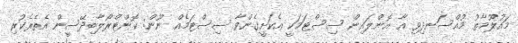
މައުލޫމާތު މުއްސަނދިވި އާ އޮންލައިން ސިސްޓަމަކީ އެކަށީގެންވާ ސިސްޓަމެއް ނޫން: ކޮންޓްރޯލާބިދޭސީން އެތެރެކުރި